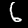
Label: 6